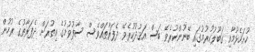
ހުށަހެޅުމާއި ގަބޫލުކުރުމުގައި ބޭނުންކުރެވޭ ބަސް އަޤުދުކުރެވޭ ދެފަރާތައްވެސް ސާފުވުމުގެ އިތުރަށް ދެފަރާތުގެ ރުހުން